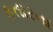
કતારના